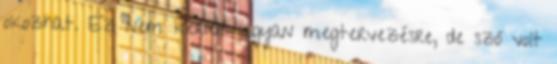
okozhat. Ez nem került ugyan megtervezésre, de szó volt